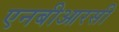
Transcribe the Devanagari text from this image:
एनबीआरसी